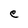
Character: e